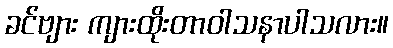
ခင်ဗျား ကျားထိုးတာဝါသနာပါသလား။